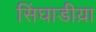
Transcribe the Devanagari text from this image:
सिंघाडीय़ा